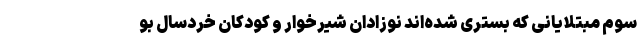
سوم مبتلایانی که بستری شده‌اند نوزادان شیرخوار و کودکان خردسال بو